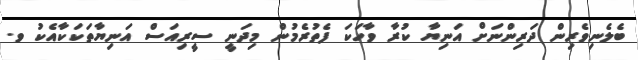
ބެލެނިވެރިން ދަރިންނަށް އަނިޔާ ކުރާ ވާހަކަ ފެތުރެމުން މިދަނީ ސީރިއަސް އަނިޔާތަކަކާއެކު ވ.